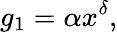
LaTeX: g_{1}=\alpha x^{\delta},